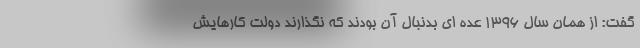
گفت: از همان سال 1396 عده ای بدنبال آن بودند که نگذارند دولت کارهایش